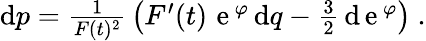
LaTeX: \begin{array}{r}{\mathrm{d}p=\frac 1{F(t)^{2}}\, \big(F^{\prime}(t)\, {\, \mathrm e}\, ^{\varphi}\, \mathrm{d}q-\frac{3}{2}\, \mathrm{d}{\, \mathrm e}\, ^{\varphi}\big)\ .}\end{array}